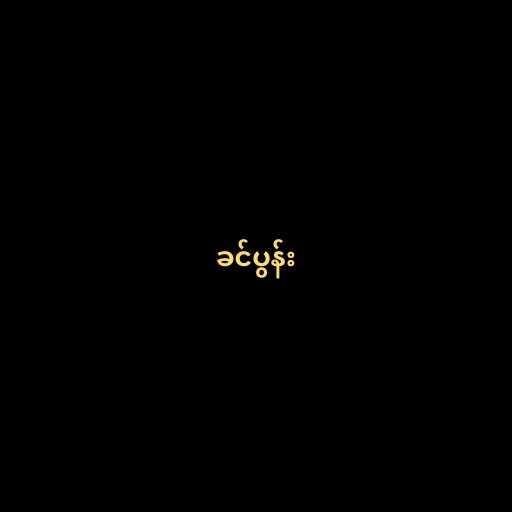
ခင်ပွန်း